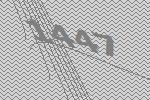
1447